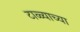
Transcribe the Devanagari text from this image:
टाळ्याच्या